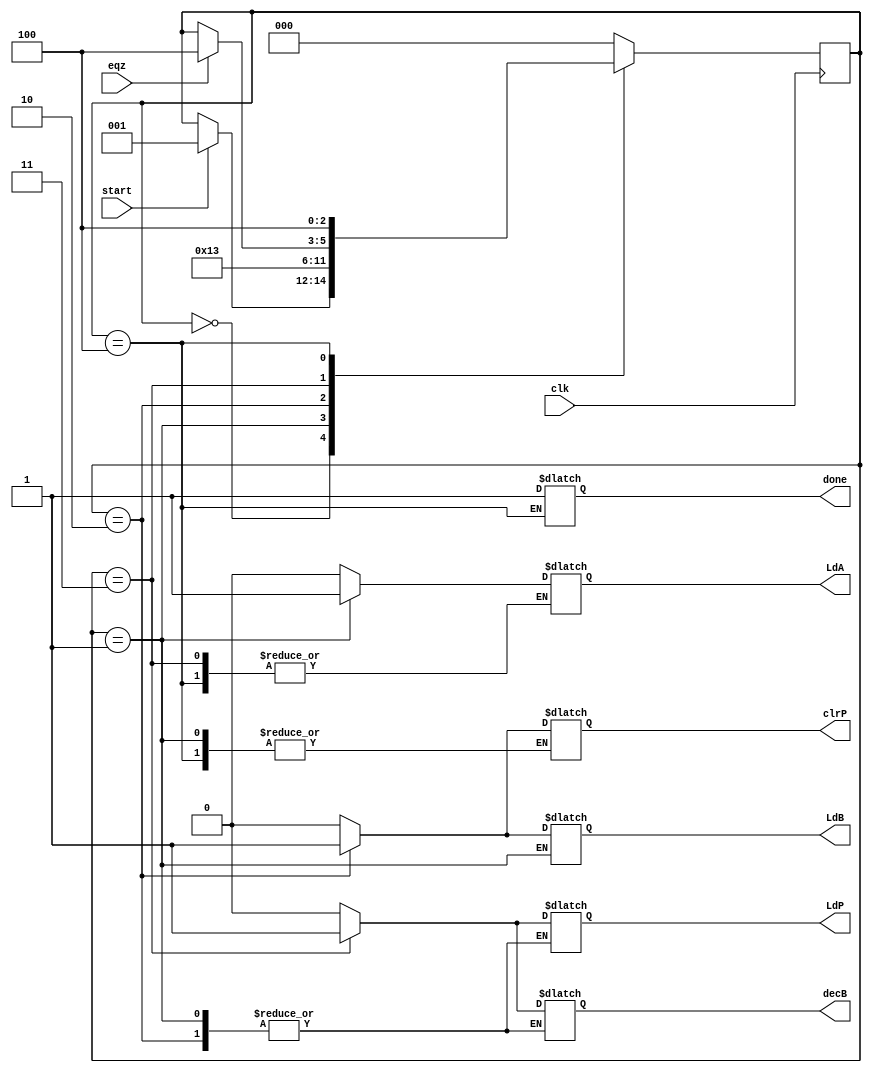
`timescale 1ns / 1ps
//////////////////////////////////////////////////////////////////////////////////
// Company: 
// Engineer: 
// 
// Design Name: 
// Module Name:    controller 
// Project Name: 
// Target Devices: 
// Tool versions: 
// Description: 
//
// Dependencies: 
//
// Revision: 
// Revision 0.01 - File Created
// Additional Comments: 
//
//////////////////////////////////////////////////////////////////////////////////
module controller(LdA,LdB,LdP,clrP,decB,done,clk,eqz,start);
    input clk;
    input eqz;
    input start;
    output reg LdA;
    output reg LdB;
    output reg LdP;
    output reg clrP;
    output reg decB;
    output reg done;
    reg [2:0] state;
	 parameter s0=3'b000, s1=3'b001, s2=3'b010, s3=3'b011,s4=3'b100;
	 always @ (posedge clk)
	 begin
	 case (state)
	 s0: if(start) state <= s1;
	 s1: state <= s2;
	 s2: state <= s3;
	 s3: #2 if (eqz) state <= s4;
	 s4: state<= s4;
	 default: state <= s0;
	 endcase
	 end
	 always @ (state)
	 begin
	 case (state)
	 s0: begin #1 LdA = 0; LdB = 0; LdP = 0; clrP = 0; decB = 0;end
	 s1: begin #1 LdA = 1;end
	 s2: begin #1 LdA = 0; LdB = 1;  clrP = 1;end 
	 s3: begin #1 LdB = 0; LdP = 1; clrP = 0; decB = 1;end
	 s4: begin #1 done = 1; LdB = 0; LdP = 0; decB = 0;end
	 default: begin #1 LdA = 0; LdB = 0; LdP = 0; clrP = 0; decB = 0;end
	 endcase
	 end


endmodule